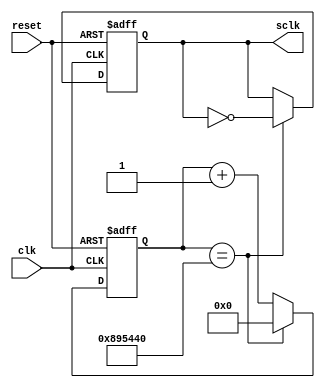
`timescale 1ns / 1ps
//////////////////////////////////////////////////////////////////////////////////
// school: CSUF
// Engineers: Jeremy, Duy, Spencer
// Design Name: Basket ball score board
// Module Name: timer, scoreboard
// Project Name: 446 final project
// Target Devices: FPGA Nexys A7
//
// Additional Comments: group project
// 
//////////////////////////////////////////////////////////////////////////////////
   
module clock_divider(
input clk,
input reset,
output reg sclk
);
reg [31:0] count;
always@(posedge clk or negedge reset)
begin
if(reset == 1'b0) begin
    count <= 32'd0;
sclk <= 1'b0;
end else begin
if(count == 32'd9000000) begin
    count <= 32'd0;
sclk <= ~sclk;
end else begin
    count <= count + 1;
end
end
end
endmodule